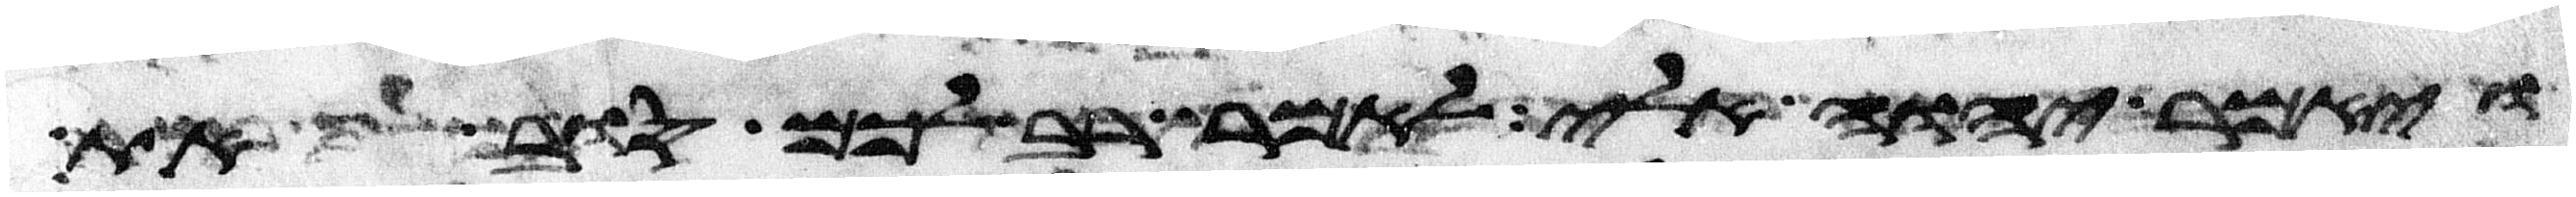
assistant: ויאמר יהוה אלי לאמר רב לכם סוב את